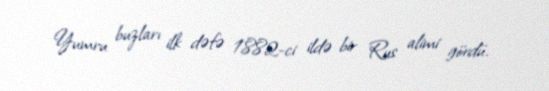
Yumru buzları ilk dəfə 1882-ci ildə bir Rus alimi gördü.